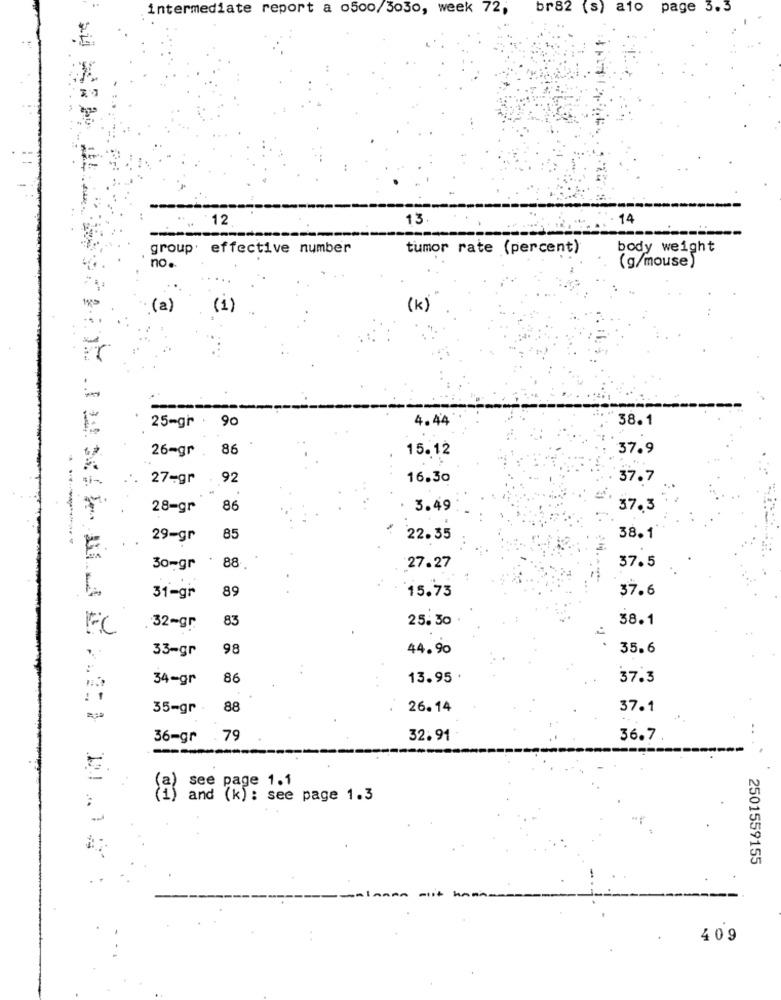
intermediate report a o500/3030, week 72,
br82 (s) afo page 3.3
12
13.
14
group effective number
tumor rate (percent)
body weight
no.
(g/mouse
(a)
(1)
(K)
90
4.44
38.1
25-gr .
26-gr .
86
15.12
37.9
27-gr
92
16.30
37.7
28-gr
86
3.49
37.3
---
29-gr
85
22.35
38.1
.
37.5
30-gr
88
27.27
89
15.73
37.6
31-gr
83
25.30
38.1
FC
. 32-gr
33-gr
98
44.90
35.6
34-gr
86
13.95 .
37.3
: 1
35-gr
88
26.14
37.1
-
36-gr .79
32.91
36.7
(a) see page 1.1
(i) and (k): see page 1.3
2501559155
409